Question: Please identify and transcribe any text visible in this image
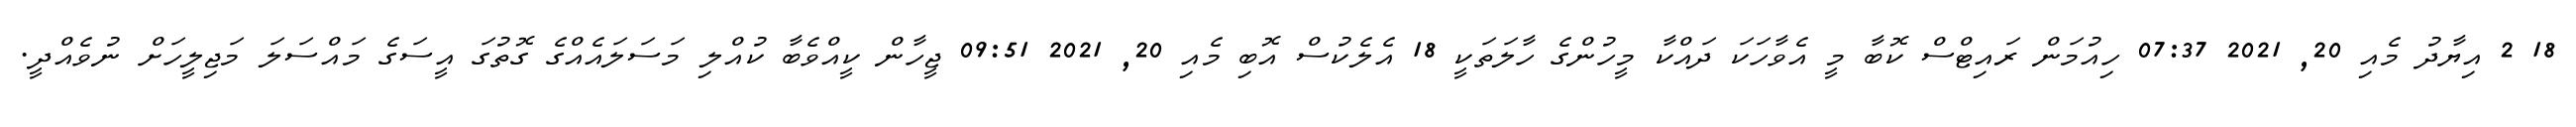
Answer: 18 2 އިޔާދު މެއި 20, 2021 07:37 ހިއުމަން ރައިޓްސް ކޮބާ މީ އެވާހަކަ ދައްކާ މީހުންގެ ހާލަތަކީ 18 އެލެކުސް އޮބި މެއި 20, 2021 09:51 ޖީހާން ކީއްވެބާ ކުއްލި މަސަލައެއްގެ ގޮތުގަ އީސަގެ މައްސަލަ މަޖިލީހަށް ނުވެއްދީ.